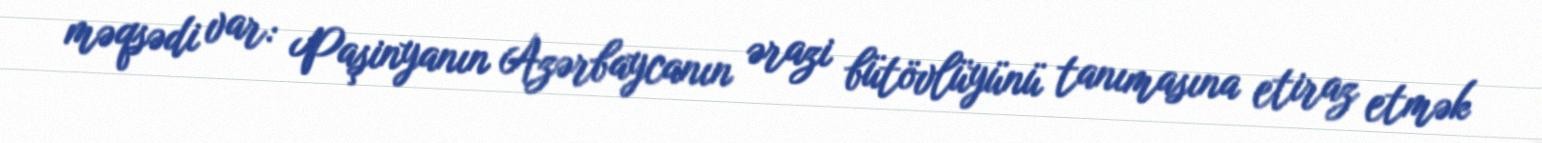
məqsədi var: Paşinyanın Azərbaycanın ərazi bütövlüyünü tanımasına etiraz etmək